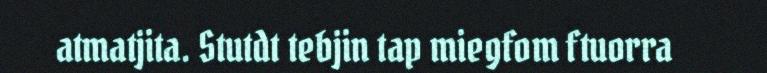
atmatjita. Stutdt tebjin tap miegfom ftuorra